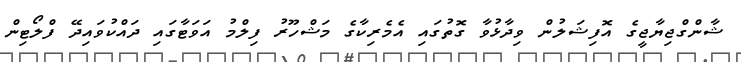
ޝާންގްޖިޔާޖީގެ އޮފިޝަލުން ވިދާޅުވާ ގޮތުގައި އެމެރިކާގެ މަޝްހޫރު ފިލްމު އަވަޓާގައި ދައްކުވައިދޭ ފްލޯޓިން